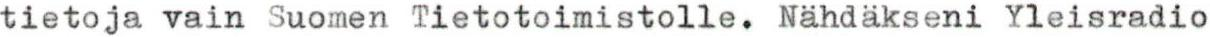
tietoja vain Suomen Tietotoimistolle. Nähdäkseni Yleisradio